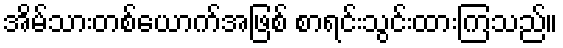
အိမ်သားတစ်ယောက်အဖြစ် စာရင်းသွင်းထားကြသည်။